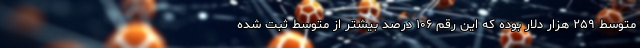
متوسط ۲۵۹ هزار دلار بوده که این رقم ۱۰۶ درصد بیشتر از متوسط ثبت شده